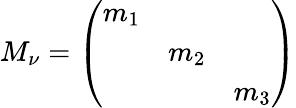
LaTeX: M_{\nu}=\left(\begin{array}{ccc}{{m_{1}}}&{{}}&{{}}\\ {{}}&{{m_{2}}}&{{}}\\ {{}}&{{}}&{{m_{3}}}\end{array}\right)